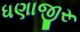
ધણાજીરૂ